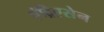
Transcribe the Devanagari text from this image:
एंद्रिएसेन